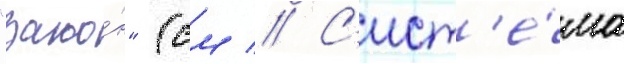
"зако́н" (см // С'ист'е́ма